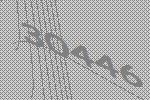
30446